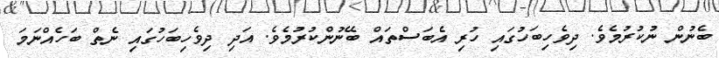
ބެނުން ނުކުރުމެވެ. ދިވެހިބަހުގައި ހުރި އެބަސްތައް ބޭނުންކުރުމެވެ. އަދި ދިވެހިބަހުގައި ނެތް ބަހެއްނަމަ